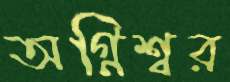
অগ্নিশ্বর